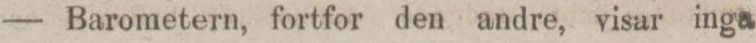
— Barometern, fortfor den andre, visar inga